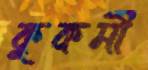
কুকর্মী